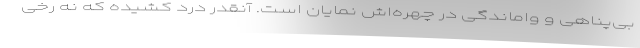
بی‌پناهی و واماندگی در چهره‌اش نمایان است. آنقدر درد کشیده که نه رخی